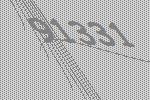
91331